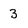
Character: 3